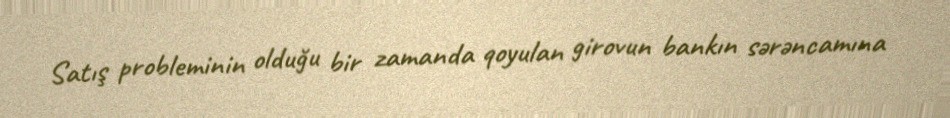
Satış probleminin olduğu bir zamanda qoyulan girovun bankın sərəncamına